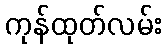
ကုန်ထုတ်လမ်း